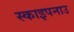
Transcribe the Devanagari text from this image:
स्काइपनाउ